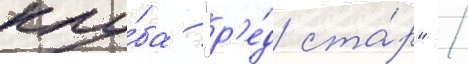
клу́ба "р'е́д ста́р" /